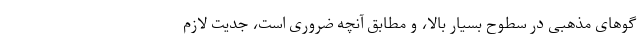
گوهای مذهبی در سطوح بسیار بالا، و مطابق آنچه ضروری است، جدیت لازم